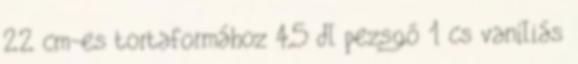
22 cm-es tortaformához 4,5 dl pezsgő 1 cs vaníliás